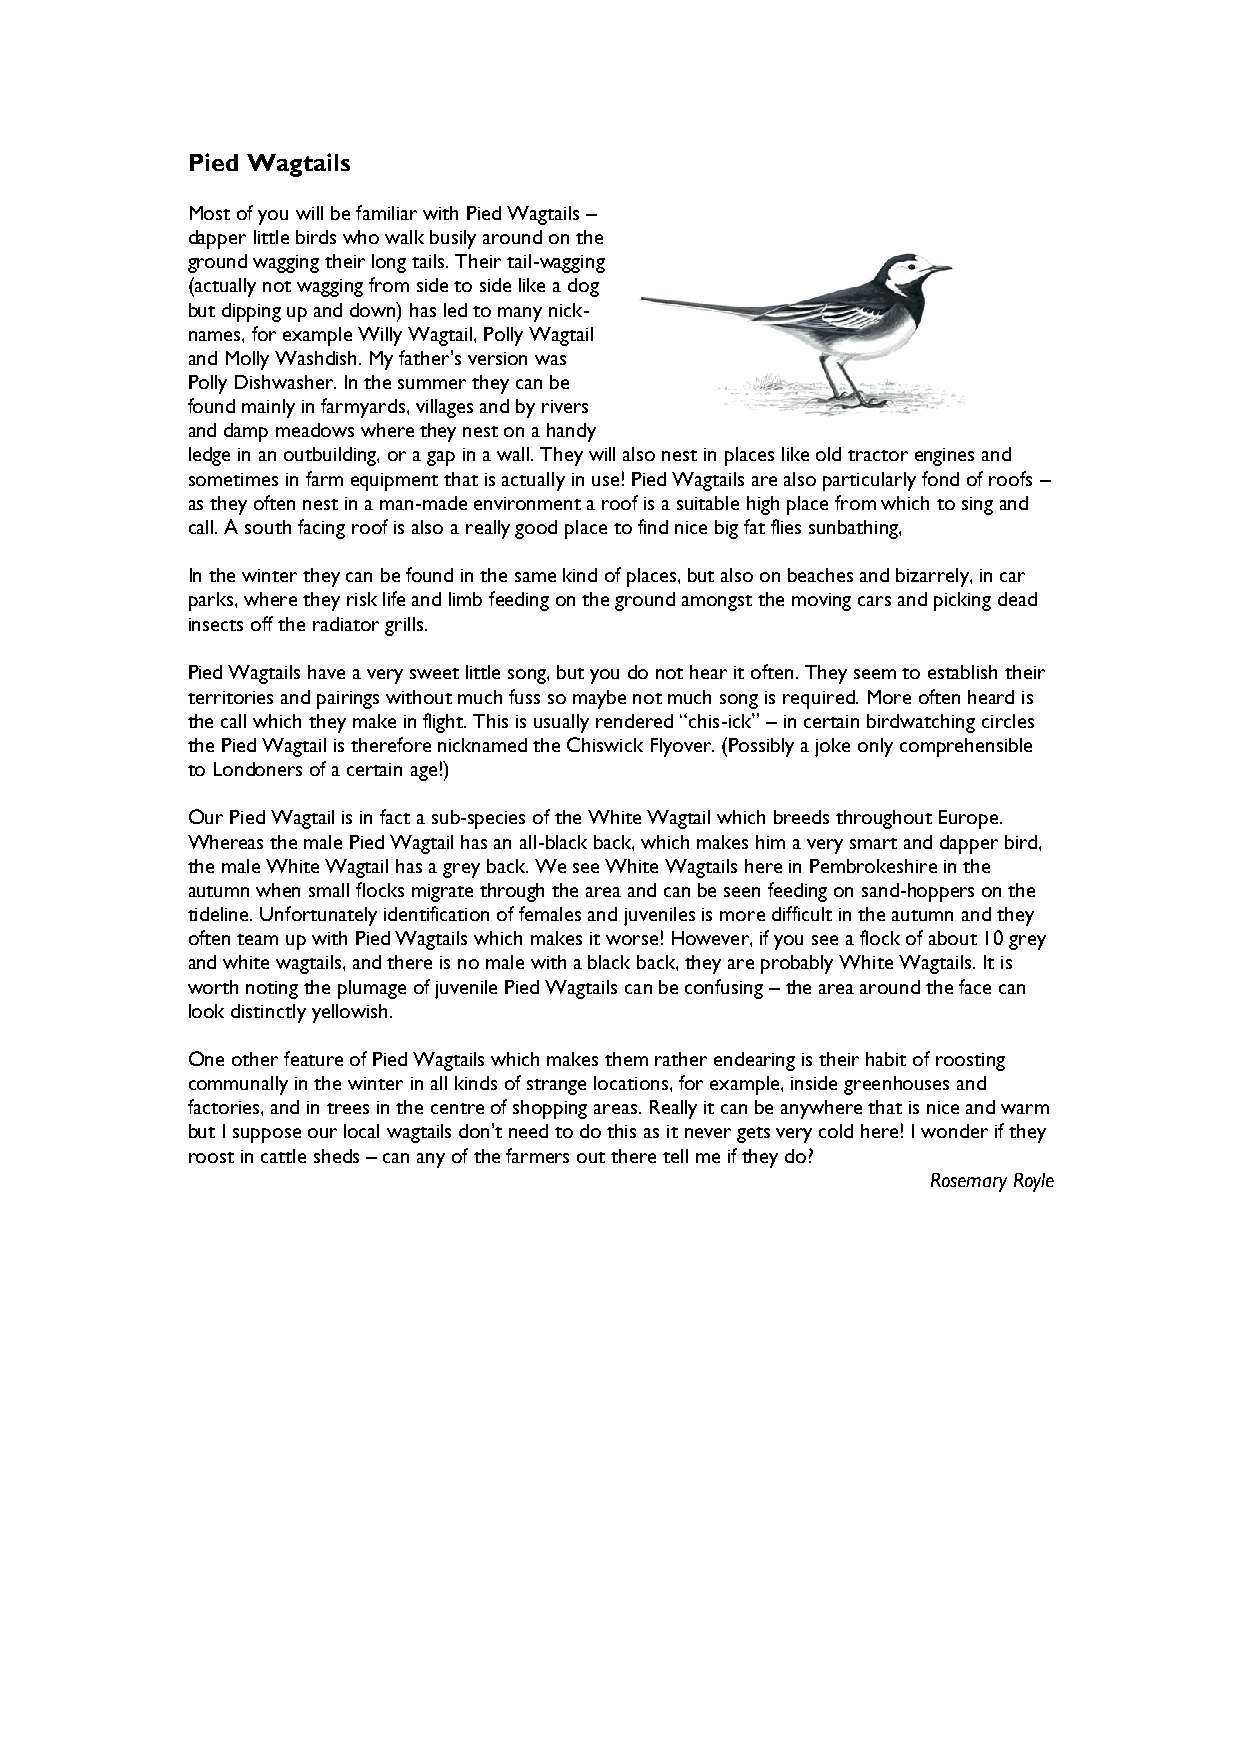
Pied Wagtails
 Most of you will be familiar with Pied Wagtails –
 dapper little birds who walk busily around on the
 ground wagging their long tails. Their tail-wagging
 (actually not wagging from side to side like a dog
 but dipping up and down) has led to many nick-
 names, for example Willy Wagtail, Polly Wagtail
 and Molly Washdish. My father’s version was
 Polly Dishwasher. In the summer they can be
 found mainly in farmyards, villages and by rivers
 and damp meadows where they nest on a handy
 ledge in an outbuilding, or a gap in a wall. They will also nest in places like old tractor engines and
 sometimes in farm equipment that is actually in use! Pied Wagtails are also particularly fond of roofs –
 as they often nest in a man-made environment a roof is a suitable high place from which to sing and
 call. A south facing roof is also a really good place to find nice big fat flies sunbathing,
 In the winter they can be found in the same kind of places, but also on beaches and bizarrely, in car
 parks, where they risk life and limb feeding on the ground amongst the moving cars and picking dead
 insects off the radiator grills.
 Pied Wagtails have a very sweet little song, but you do not hear it often. They seem to establish their
 territories and pairings without much fuss so maybe not much song is required. More often heard is
 the call which they make in flight. This is usually rendered “chis-ick” – in certain birdwatching circles
 the Pied Wagtail is therefore nicknamed the Chiswick Flyover. (Possibly a joke only comprehensible
 to Londoners of a certain age!)
 Our Pied Wagtail is in fact a sub-species of the White Wagtail which breeds throughout Europe.
 Whereas the male Pied Wagtail has an all-black back, which makes him a very smart and dapper bird,
 the male White Wagtail has a grey back. We see White Wagtails here in Pembrokeshire in the
 autumn when small flocks migrate through the area and can be seen feeding on sand-hoppers on the
 tideline. Unfortunately identification of females and juveniles is more difficult in the autumn and they
 often team up with Pied Wagtails which makes it worse! However, if you see a flock of about 10 grey
 and white wagtails, and there is no male with a black back, they are probably White Wagtails. It is
 worth noting the plumage of juvenile Pied Wagtails can be confusing – the area around the face can
 look distinctly yellowish.
 One other feature of Pied Wagtails which makes them rather endearing is their habit of roosting
 communally in the winter in all kinds of strange locations, for example, inside greenhouses and
 factories, and in trees in the centre of shopping areas. Really it can be anywhere that is nice and warm
 but I suppose our local wagtails don’t need to do this as it never gets very cold here! I wonder if they
 roost in cattle sheds – can any of the farmers out there tell me if they do?
 Rosemary Royle